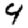
Digit: 4